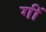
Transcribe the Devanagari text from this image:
गीं